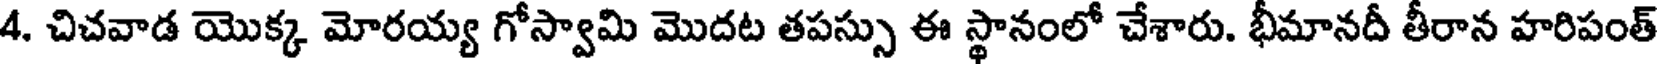
4. చిచవాడ యొక్క మోరయ్య గోస్వామి మొదట తపస్సు ఈ స్థానంలో చేశారు. భీమానదీ తీరాన హరిపంత్